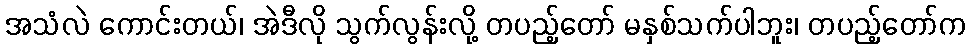
အသံလဲ ကောင်းတယ်၊ အဲဒီလို သွက်လွန်းလို့ တပည့်တော် မနှစ်သက်ပါဘူး၊ တပည့်တော်က